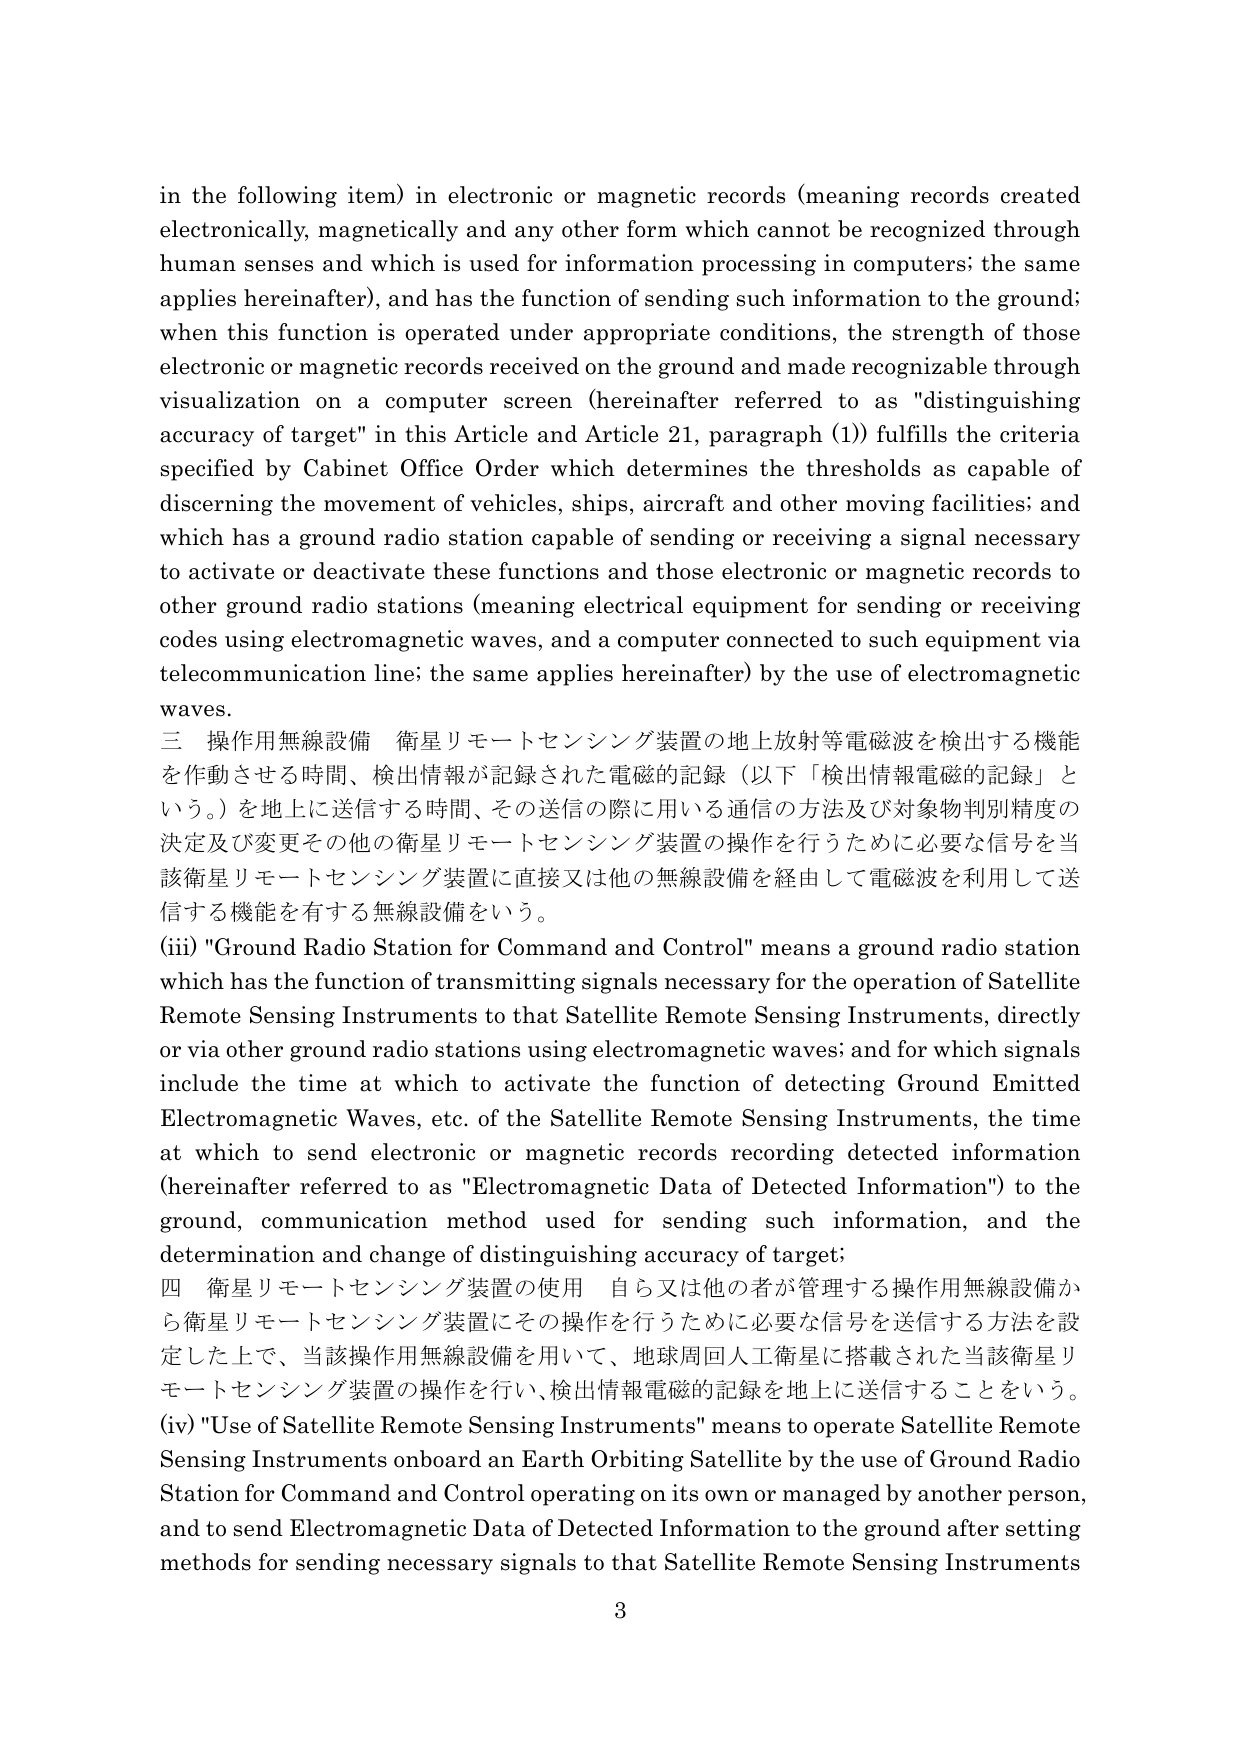
in the following item) in electronic or magnetic records (meaning records created electronically, magnetically and any other form which cannot be recognized through human senses and which is used for information processing in computers; the same applies hereinafter), and has the function of sending such information to the ground; when this function is operated under appropriate conditions, the strength of those electronic or magnetic records received on the ground and made recognizable through visualization on a computer screen (hereinafter referred to as "distinguishing accuracy of target" in this Article and Article 21, paragraph (1)) fulfills the criteria specified by Cabinet Office Order which determines the thresholds as capable of discerning the movement of vehicles, ships, aircraft and other moving facilities; and which has a ground radio station capable of sending or receiving a signal necessary to activate or deactivate these functions and those electronic or magnetic records to other ground radio stations (meaning electrical equipment for sending or receiving codes using electromagnetic waves, and a computer connected to such equipment via telecommunication line; the same applies hereinafter) by the use of electromagnetic waves.

三 操作用無線設備 衛星リモートセンシング装置の地上放射等電磁波を検出する機能を動作させる時間、検出情報が記録された電磁的記録（以下「検出情報電磁的記録」という。）を地上に送信する時間、その送信の際に用いる通信の方法及び対象物判別精度の決定及び変更その他の衛星リモートセンシング装置の操作を行うために必要な信号を当該衛星リモートセンシング装置に直接又は他の無線設備を経由して電磁波を利用して送信する機能を有する無線設備をいう。

(iii) "Ground Radio Station for Command and Control" means a ground radio station which has the function of transmitting signals necessary for the operation of Satellite Remote Sensing Instruments to that Satellite Remote Sensing Instruments, directly or via other ground radio stations using electromagnetic waves; and for which signals include the time at which to activate the function of detecting Ground Emitted Electromagnetic Waves, etc. of the Satellite Remote Sensing Instruments, the time at which to send electronic or magnetic records recording detected information (hereinafter referred to as "Electromagnetic Data of Detected Information") to the ground, communication method used for sending such information, and the determination and change of distinguishing accuracy of target;

四 衛星リモートセンシング装置の使用 自ら又は他の者が管理する操作用無線設備から衛星リモートセンシング装置にその操作を行うために必要な信号を送信する方法を設定した上で、当該操作用無線設備を用いて、地球周回人工衛星に搭載された当該衛星リモートセンシング装置の操作を行い、検出情報電磁的記録を地上に送信することをいう。

(iv) "Use of Satellite Remote Sensing Instruments" means to operate Satellite Remote Sensing Instruments onboard an Earth Orbiting Satellite by the use of Ground Radio Station for Command and Control operating on its own or managed by another person, and to send Electromagnetic Data of Detected Information to the ground after setting methods for sending necessary signals to that Satellite Remote Sensing Instruments

3